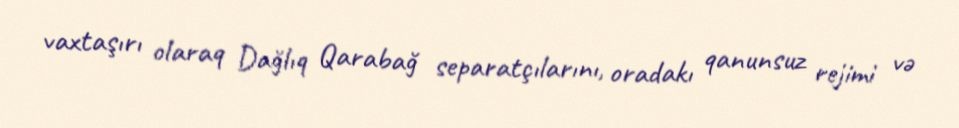
vaxtaşırı olaraq Dağlıq Qarabağ separatçılarını, oradakı qanunsuz rejimi və